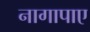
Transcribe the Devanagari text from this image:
नागापाए